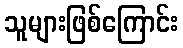
သူများဖြစ်ကြောင်း